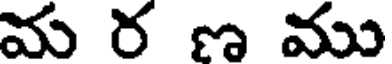
మ ర ణ ము